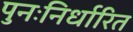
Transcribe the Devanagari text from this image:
पुनःनिर्धारित